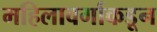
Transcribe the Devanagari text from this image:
महिलावर्गाकडून